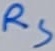
Text: RS